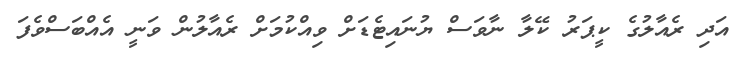
އަދި ރެއާލުގެ ކީޕަރު ކޭލާ ނާވަސް ޔުނައިޓެޑަށް ވިއްކުމަށް ރެއާލުން ވަނީ އެއްބަސްވެފަ